Leprosy in India: report of the Leprosy Commission in India, 1890-91
Year: 1890
Disease focus: Leprosy
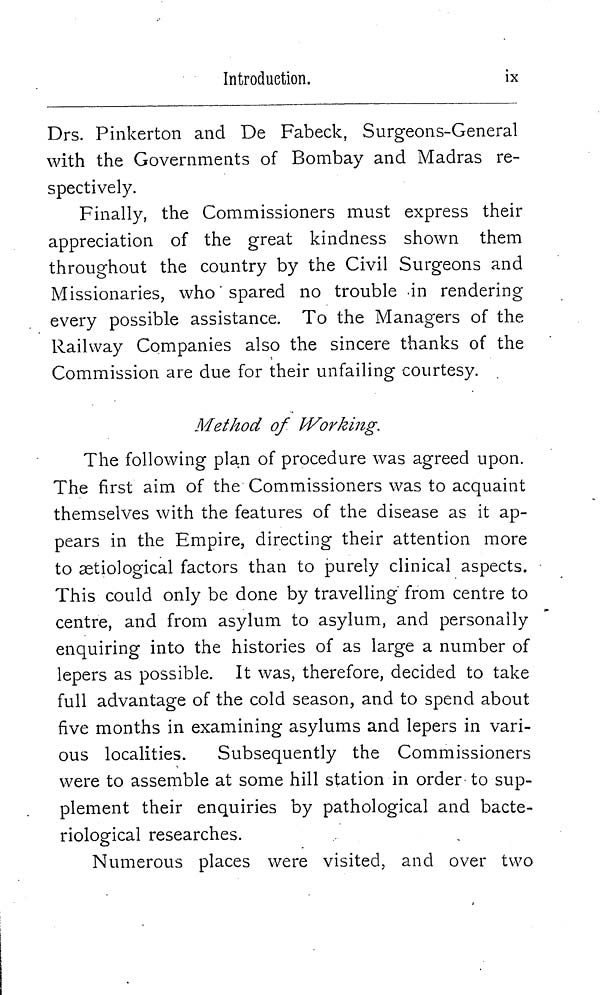
Introduction.
ix
Drs. Pinkerton and De Fabeck, Surgeons-General
with the Governments of Bombay and Madras re-
spectively.
Finally, the Commissioners must express their
appreciation of the great kindness shown them
throughout the country by the Civil Surgeons and
Missionaries, who spared no trouble in rendering
every possible assistance. To the Managers of the
Railway Companies also the sincere thanks of the
Commission are due for their unfailing courtesy.
Method of Working.
The following plan of procedure was agreed upon.
The first aim of the Commissioners was to acquaint
themselves with the features of the disease as it ap-
pears in the Empire, directing their attention more
to æetiological factors than to purely clinical aspects.
This could only be done by travelling' from centre to
centre, and from asylum to asylum, and personally
enquiring into the histories of as large a number of
lepers as possible. It was, therefore, decided to take
full advantage of the cold season, and to spend about
five months in examining asylums and lepers in vari-
ous localities.
Subsequently the Commissioners
were to assemble at some hill station in order to sup-
plement their enquiries by pathological and bacte-
riological researches.
Numerous places were visited, and over two